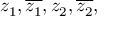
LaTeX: z _ { 1 } , { \overline { { z _ { 1 } } } } , z _ { 2 } , { \overline { { z _ { 2 } } } } ,